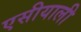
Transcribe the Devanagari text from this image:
एसीयाली